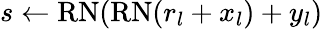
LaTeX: s\gets\mathrm{RN}(\mathrm{RN}(r_{l}+x_{l})+y_{l})